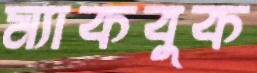
ম্যাকবুক